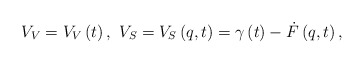
\begin{align*}V_{V}=V_{V}\left( t\right) ,\,\,V_{S}=V_{S}\left( q,t\right) =\gamma \left(t\right) -\dot{F}\left( q,t\right) ,\end{align*}